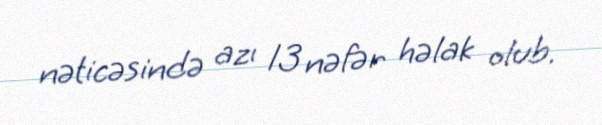
nəticəsində azı 13 nəfər həlak olub.